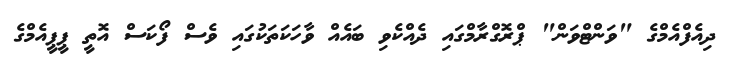
ދިއެފްއެމްގެ "ވަންޓްވަން" ޕްރޮގްރާމްގައި ދެއްކެވި ބައެއް ވާހަކަތަކުގައި ވެސް ފޯކަސް އޮތީ ޕީޕީއެމްގެ